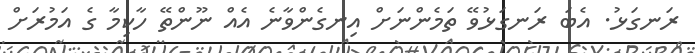
ރަނގަޅު. އެބަ ރަނގަޅުވޭ ތަމެންނަށް އިނގެންވާނެ އެއް ނޫންތޭ ހާކިމާ ގެ އަމުރަށް